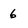
Character: 6